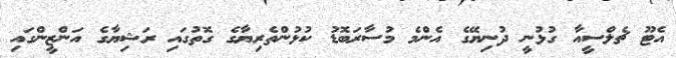
އެޓޫ ޗެލްސީއާ ގުޅުނީ ދުނިޔޭގެ އެންމެ މުސާރަބޮޑު ކުޅުންތެރިޔާގެ ގޮތުގައި ރަޝިޔާގެ އަންޒީންގައި